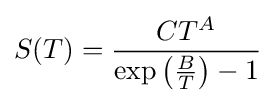
S(T)={\frac {CT^{A}}{\exp \left({\frac {B}{T}}\right)-1}}